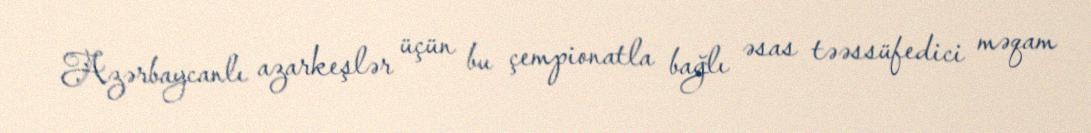
Azərbaycanlı azarkeşlər üçün bu çempionatla bağlı əsas təəssüfedici məqam